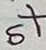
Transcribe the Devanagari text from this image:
होस्ट